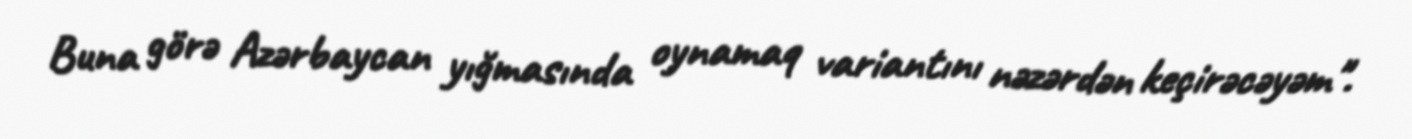
Buna görə Azərbaycan yığmasında oynamaq variantını nəzərdən keçirəcəyəm".